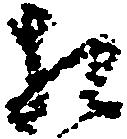
相